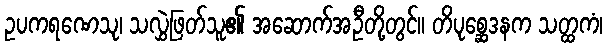
ဥပကရဏေသု၊ သလွှဲဖြတ်သူ၏ အဆောက်အဦတို့တွင်။ တိပုစ္ဆေဒနက သတ္ထကံ၊